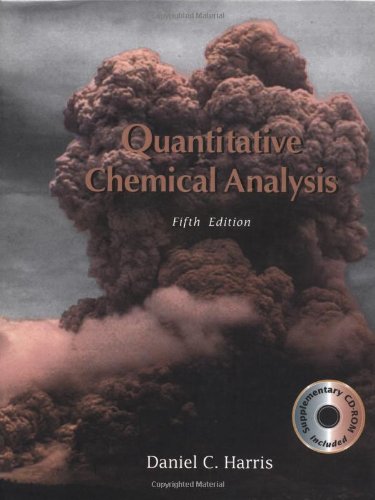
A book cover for Quantitative Chemical Analysis; Daniel C. Harris; Science & Math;